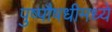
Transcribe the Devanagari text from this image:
पुष्पौषधीमध्ये